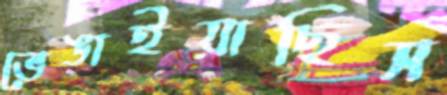
ভেঙাইয়াছিস